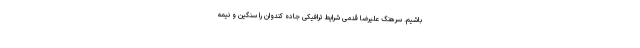
باشیم. سرهنگ علیرضا قدمی شرایط ترافیکی جاده کندوان را سنگین و نیمه